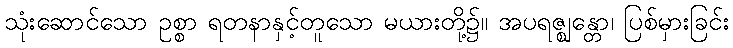
သုံးဆောင်သော ဥစ္စာ ရတနာနှင့်တူသော မယားတို့၌။ အပရဇ္ဈန္တော၊ ပြစ်မှားခြင်း